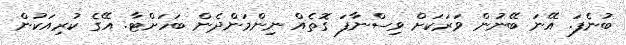
ބުނެފަ. އޭނަ ބޭނުން ވަރަކަށް ވިސްނާފަ ގޮތެއް ނިންމަންދެން ބަހަށްޓާ. އޭގެ ކުރިއަކުން